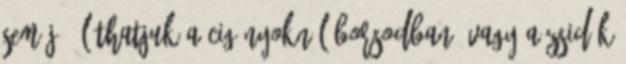
sem jó, láthatjuk a cigányoknál borsodban, vagy a zsidók